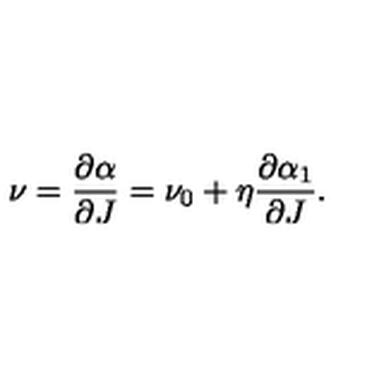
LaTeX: \nu = { \frac { \partial \alpha } { \partial J } } = \nu _ { 0 } + \eta { \frac { \partial \alpha _ { 1 } } { \partial J } } .